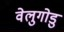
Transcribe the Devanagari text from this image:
वेलुगोडु